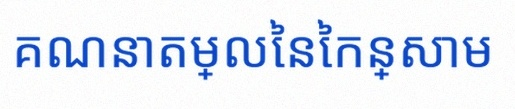
គណនាតម្លៃនៃកន្សោម